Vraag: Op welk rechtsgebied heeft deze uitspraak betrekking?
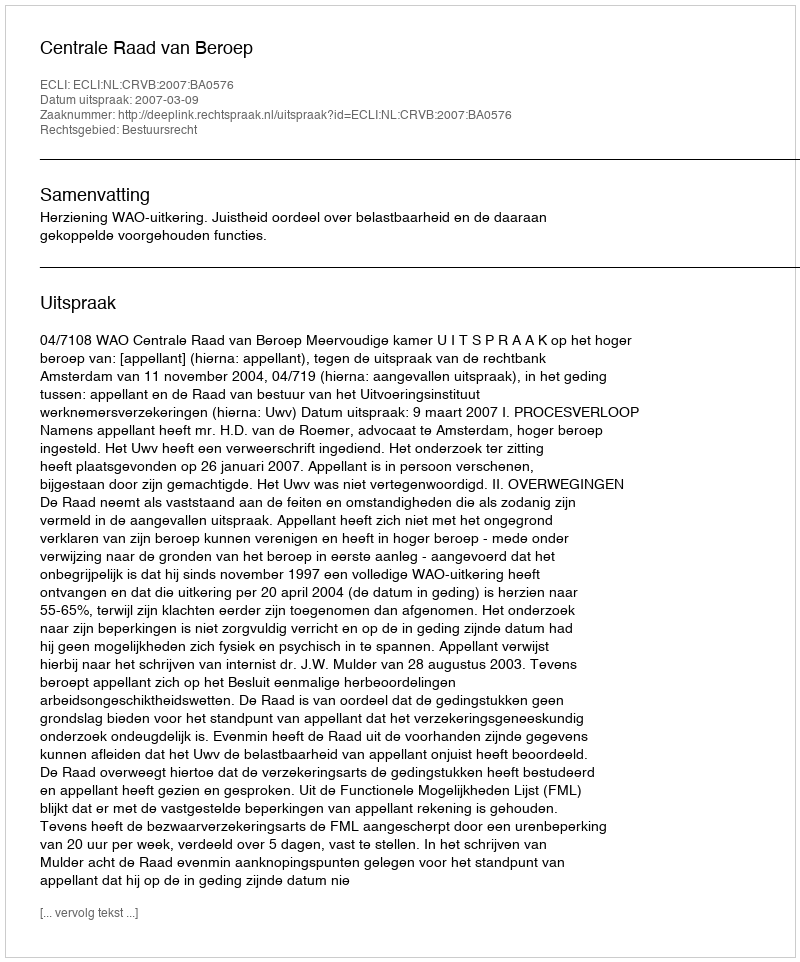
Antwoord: Bestuursrecht